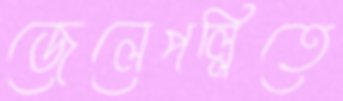
জেলেপল্লিতে